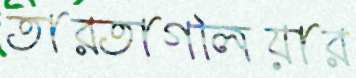
তারতাগলিয়ার